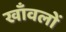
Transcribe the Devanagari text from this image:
खाँवलों